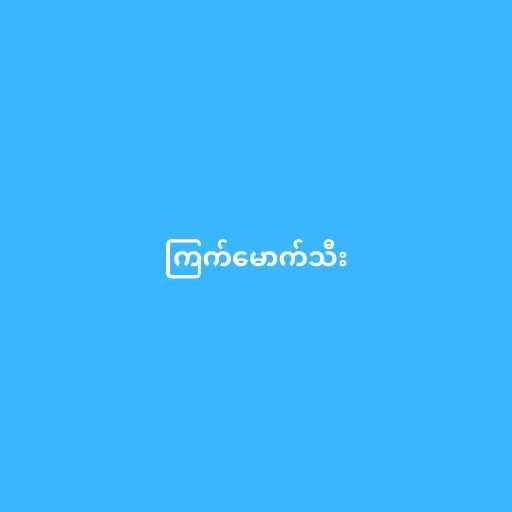
ကြက်မောက်သီး